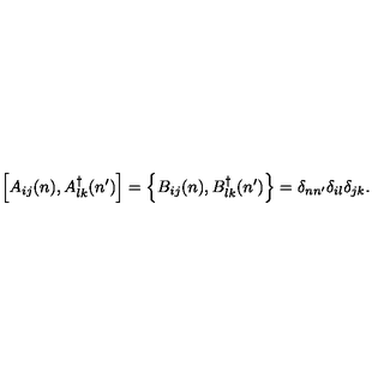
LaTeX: \left[ A _ { i j } ( n ) , A _ { l k } ^ { \dag } ( n ^ { \prime } ) \right] = \left\{ B _ { i j } ( n ) , B _ { l k } ^ { \dag } ( n ^ { \prime } ) \right\} = \delta _ { n n ^ { \prime } } \delta _ { i l } \delta _ { j k } .